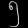
Digit: ၅